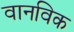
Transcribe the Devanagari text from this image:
वानविक